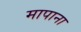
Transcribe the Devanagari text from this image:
मापाना